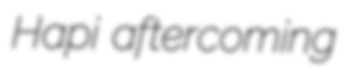
Hapi aftercoming